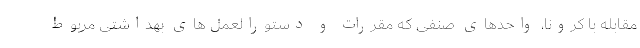
مقابله با کرونا، واحدهای صنفی که مقررات و دستورالعمل های بهداشتی مربوط